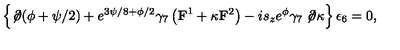
\left\{ \not \! \partial ( \phi + \psi / 2 ) + e ^ { 3 \psi / 8 + \phi / 2 } \gamma _ { 7 } \left( { \bf F } ^ { 1 } + \kappa { \bf F } ^ { 2 } \right) - i s _ { z } e ^ { \phi } \gamma _ { 7 } \not \! \partial \kappa \right\} \epsilon _ { 6 } = 0 ,